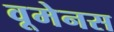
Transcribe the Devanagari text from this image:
वूमेनस